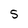
Character: 5